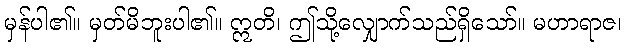
မှန်ပါ၏။ မှတ်မိဘူးပါ၏။ ဣတိ၊ ဤသို့လျှောက်သည်ရှိသော်။ မဟာရာဇ၊